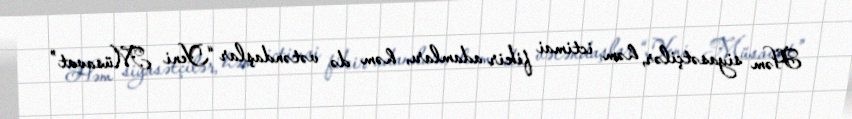
Həm siyasətçilər, həm ictimai fikir adamları, həm də vətəndaşlar “Yeni Müsavat”